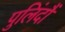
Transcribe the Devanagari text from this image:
पुलिंदौं